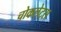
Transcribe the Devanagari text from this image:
चोकलेट्स